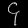
Digit: ၄